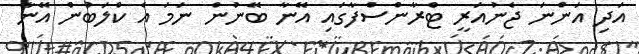
އަދި އަންނަ ޖެނުއަރީ ޓްރާންސްފާގައި އޭނާ ބޭނުން ނަމަ އެ ކްލަބުން އޭނާ